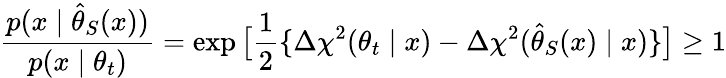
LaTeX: \frac{p(x\mid\hat{\theta}_{S}(x))}{p(x\mid\theta_{t})}=\exp\big[\frac{1}{2}\{ \Delta\chi^{2}(\theta_{t}\mid x)-\Delta\chi^{2}(\hat{\theta}_{S}(x)\mid x)\} \big]\ge 1